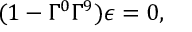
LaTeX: ( 1 - \Gamma ^ { 0 } \Gamma ^ { 9 } ) \epsilon = 0 ,